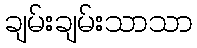
ချမ်းချမ်းသာသာ